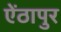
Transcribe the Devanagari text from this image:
ऐंठापुर